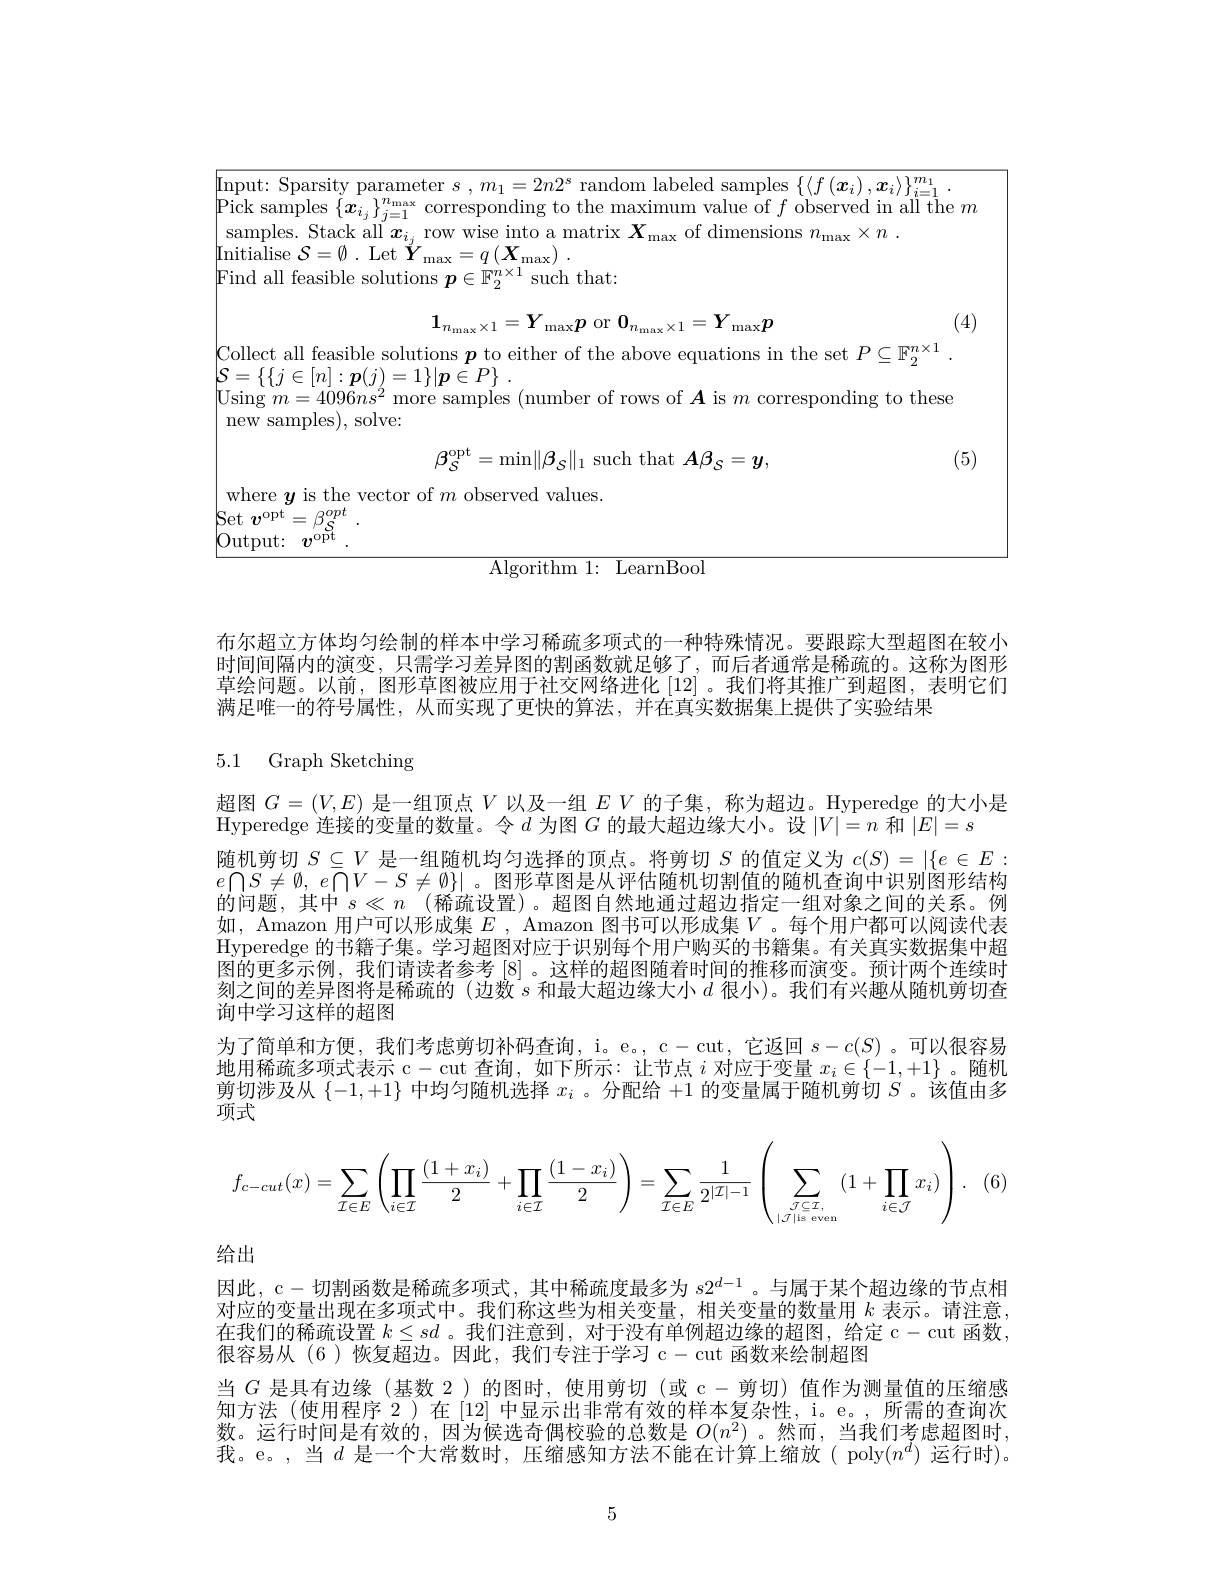
$\left[\text{Input: Sparsity parameter }s\:,\:m_{1}=2n2^{s}\:\text{random labeled samples }\left\{\left\langle f\left(x_{i}\right),\boldsymbol{x}_{i}\right\rangle\right\}_{i=1}^{m_{1}}\right.$
$\left|\mathrm{Pick~samples~}\{\boldsymbol{x}_{i_j}\}_{j=1}^{n_{\mathrm{max}}}\text{corresponding to the maximum value of }f\text{ observed in all the }m\right|$
samples. Stack all $x_{i_j}$ row wise into a matrix $X_\mathrm{max}$ of dimensions $n_\mathrm{max}\times n.$
$\operatorname{Initialise}\mathcal{S}=\emptyset.$ Let $\overset{\prime}{\operatorname*{Y}}_{\operatorname*{max}}=q\left(\boldsymbol{X}_{\operatorname*{max}}\right).$
$\left|\text{Find all feasible solutions }\boldsymbol{p}\in\mathbb{F}_{2}^{n\times1}\mathrm{~such~that:}\right|$
$$1_{n_{\max}\times1}=Y_{\max}p\mathrm{~or~}0_{n_{\max}\times1}=Y_{\max}p$$
(4)

|Collect all feasible solutions $\boldsymbol p$ to either of the above equations in the set $P\subseteq\mathbb{F}_2^{n\times1}$
$\left|\mathcal{S}=\{\{j\in[n]:\boldsymbol{p}(j)_{2}=1\}|\boldsymbol{p}\in P\right\}.$
$\left|\mathrm{Using~}m=4096ns^{2}\text{ more samples (number of rows of }\boldsymbol{A}\mathrm{~is~}m\text{ corresponding to these}\right|$
new samples), solve:
(5)
$$\beta_{\mathcal{S}}^{\mathrm{opt}}=\min\lVert\beta_{\mathcal{S}}\rVert_{1}\text{such that}\:\boldsymbol{A}\beta_{\mathcal{S}}=\boldsymbol{y},$$
where $\boldsymbol y$ is the vector of $m$ observed values

$\left|\mathrm{Set~}v^{\mathrm{opt}}=\beta_{\mathcal{S}}^{opt}\right|$

$\boxed{\mathrm{Output: }}$ $v^{\mathrm{opt}}$ .

Algorithm 1: LearnBool

布尔超立方体均匀绘制的样本中学习稀疏多项式的一种特殊情况。要跟踪大型超图在较小时间间隔内的演变，只需学习差异图的割函数就足够了，而后者通常是稀疏的。这称为图形草绘问题。以前，图形草图被应用于社交网络进化[12] 。我们将其推广到超图，表明它们满足唯一的符号属性，从而实现了更快的算法，并在真实数据集上提供了实验结果

## 5.1 Graph Sketching

超图$G=(V,E)$是一组顶点$V$以及一组$EV$的子集，称为超边。Hyperedge 的大小是
Hyperedge 连接的变量的数量。令$d$为图$G$的最大超边缘大小。设$|V|=n$和$|E|=s$
随机剪切$S\subseteq V$是一组随机均匀选择的顶点。将剪切$S$的值定义为$c(S)=|\{e\in E:$ $e\bigcap S\neq \emptyset $, $e\bigcap V- S\neq \emptyset \} |$。图形草图是从评估随机切割值的随机查询中识别图形结构的问题，其中$s\ll n$ (稀疏设置)。超图自然地通过超边指定一组对象之间的关系。例如，Amazon 用户可以形成集$E$ , Amazon 图书可以形成集$V$ 。每个用户都可以阅读代表Hyperedge 的书籍子集。学习超图对应于识别每个用户购买的书籍集。有关真实数据集中超图的更多示例，我们请读者参考[8] 。这样的超图随着时间的推移而演变。预计两个连续时刻之间的差异图将是稀疏的 (边数$s$和最大超边缘大小$d$很小)。我们有兴趣从随机剪切查询中学习这样的超图
为了简单和方便，我们考虑剪切补码查询，i。e。, c-cut, 它返回$s-c(S)$ 。可以很容易地用稀疏多项式表示 c-cut 查询，如下所示：让节点$i$对应于变量$x_i\in\{-1,+1\}$ 。随机剪切涉及从$\{-1,+1\}$中均匀随机选择$x_i$ 。分配给+1的变量属于随机剪切$S$ 。该值由多项式
$$f_{c-cut}(x)=\sum\limits_{\mathcal{I}\in E}\left(\prod\limits_{i\in\mathcal{I}}\frac{(1+x_i)}{2}+\prod\limits_{i\in\mathcal{I}}\frac{(1-x_i)}{2}\right)=\sum\limits_{\mathcal{I}\in E}\frac{1}{2^{|\mathcal{I}|-1}}\left(\sum\limits_{|\mathcal{J}|\text{ls even}}(1+\prod\limits_{i\in\mathcal{J}}x_i)\right).$$
(6)

给出

因此，c-切割函数是稀疏多项式，其中稀疏度最多为$s2^{d-1}$。与属于某个超边缘的节点相对应的变量出现在多项式中。我们称这些为相关变量，相关变量的数量用$k$表示。请注意在我们的稀疏设置$k\leq sd$ 。我们注意到，对于没有单例超边缘的超图，给定 c-cut 函数， 很容易从 (6 )恢复超边。因此，我们专注于学习 c- cut 函数来绘制超图
当$G$是具有边缘 (基数 2)的图时，使用剪切 (或 c- 剪切)值作为测量值的压缩感知方法(使用程序 2)在[12]中显示出非常有效的样本复杂性，i。e。,所需的查询次数。运行时间是有效的，因为候选奇偶校验的总数是$O(n^2)$。然而，当我们考虑超图时我。e。,当$d$ 是一个大常数时，压缩感知方法不能在计算上缩放( poly$(n^d)$ 运行时)。

5